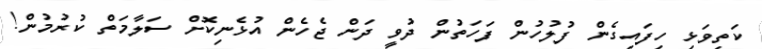
ކަތިވަޅި ހިފައިގެން ފުލުހުން ފަހަތުން ދުވީ ދަން ޖެހެން އުޅެނިކޮށް ސަލާމަތް ކުރުމުން!